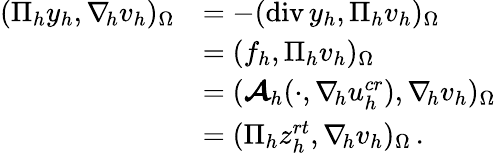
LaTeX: \begin{array}{r}{\begin{array}{rl}{(\Pi_{h}y_{h},\nabla_{\! h}v_{h})_{\Omega}}&{=-(\textup{div}\, y_{h},\Pi_{h}v_{h})_{\Omega}}\\ &{=(f_{h},\Pi_{h}v_{h})_{\Omega}}\\ &{=(\boldsymbol{\mathcal{A}}_{h}(\cdot,\nabla_{\! h}u_{h}^{\textit{cr}}),\nabla_{\! h}v_{h})_{\Omega}}\\ &{=(\Pi_{h}z_{h}^{\textit{rt}},\nabla_{\! h}v_{h})_{\Omega}\, .}\end{array}}\end{array}